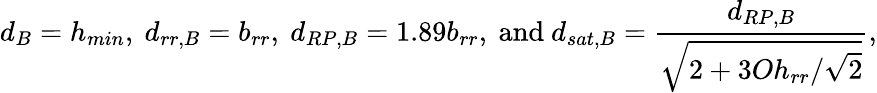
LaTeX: d_{B}=h_{min},~d_{rr,B}=b_{rr},~d_{RP,B}=1.89b_{rr},~\textrm{and}~d_{sat,B}=\frac{d_{RP,B}}{\sqrt{2+3Oh_{rr}/\sqrt{2}}},